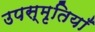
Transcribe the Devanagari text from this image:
उपस्मृतियाँ